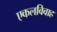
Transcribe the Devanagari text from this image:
एकलविवाह